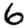
Digit: 6